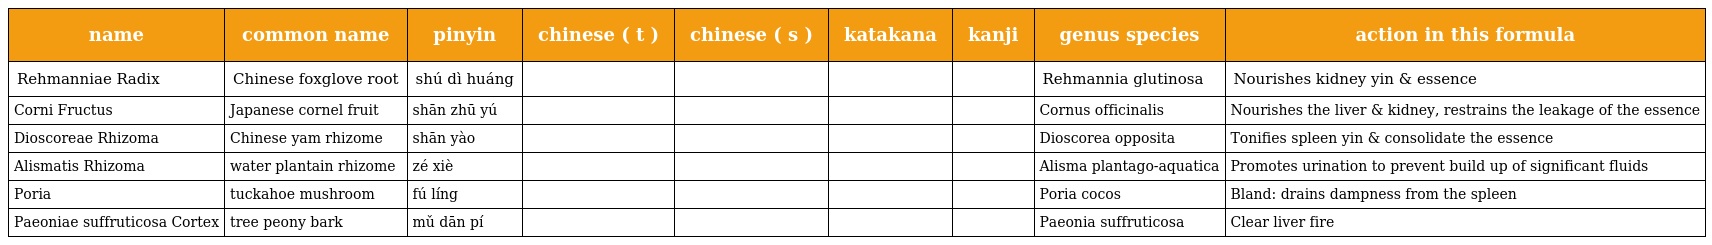
| name | common name | pinyin | chinese ( t ) | chinese ( s ) | katakana | kanji | genus species | action in this formula |
 | --- | --- | --- | --- | --- | --- | --- | --- | --- |
 | Rehmanniae Radix | Chinese foxglove root | shú dì huáng | 熟地黃 | 熟地黄 | ジオウ | 地黄 | Rehmannia glutinosa | Nourishes kidney yin & essence |
 | Corni Fructus | Japanese cornel fruit | shān zhū yú | 山茱萸 | 山茱萸 | サンシュユ | 山茱萸 | Cornus officinalis | Nourishes the liver & kidney, restrains the leakage of the essence |
 | Dioscoreae Rhizoma | Chinese yam rhizome | shān yào | 山藥 | 山药 | サンヤク | 山薬 | Dioscorea opposita | Tonifies spleen yin & consolidate the essence |
 | Alismatis Rhizoma | water plantain rhizome | zé xiè | 澤瀉 | 泽泻 | タクシャ | 沢瀉 | Alisma plantago-aquatica | Promotes urination to prevent build up of significant fluids |
 | Poria | tuckahoe mushroom | fú líng | 茯苓 | 茯苓 | ブクリョウ | 茯苓 | Poria cocos | Bland: drains dampness from the spleen |
 | Paeoniae suffruticosa Cortex | tree peony bark | mǔ dān pí | 牡丹皮 | 牡丹皮 | ボタンピ | 牡丹皮 | Paeonia suffruticosa | Clear liver fire |